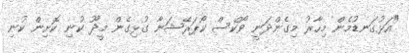
"އަޅުގަނޑުމެން މިހާރު މިގެންދަނީ ވޯކްސް ކޯޕަރޭޝަނާ ގުޅިގެން މީދޫ ކުނި ކޮށިން ކުނި